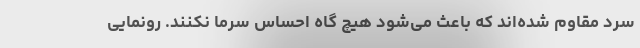
سرد مقاوم شده‌اند که باعث می‌شود هیچ گاه احساس سرما نکنند. رونمایی